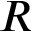
R